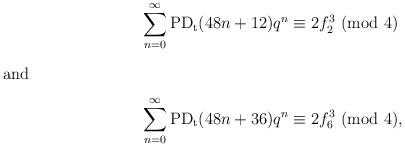
LaTeX: \begin{align*}\sum_{n=0}^{\infty}\textup{PD}_\textup{t}(48n+12)q^n&\equiv 2f_2^3~(\textup{mod}~4)\intertext{and}\sum_{n=0}^{\infty}\textup{PD}_\textup{t}(48n+36)q^n&\equiv 2f_6^3~(\textup{mod}~4),\end{align*}